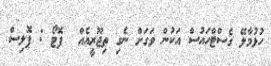
ހުޅުމާލޭ ގެސްޓްހައުސް އަކުން ވަގަށް ނެގި ތިޖޫރީއެއް  ފޮޓޯ : ޕޮލިސް